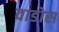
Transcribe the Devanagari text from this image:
वाडोस